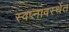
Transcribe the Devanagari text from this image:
स्वप्नावस्थेंत